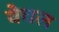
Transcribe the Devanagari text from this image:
वेचल